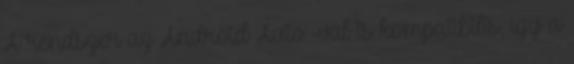
A rendszer az Android Auto™-val is kompatibilis, így a